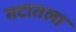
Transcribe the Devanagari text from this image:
गटातला